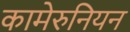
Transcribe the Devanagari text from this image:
कामेरुनियन